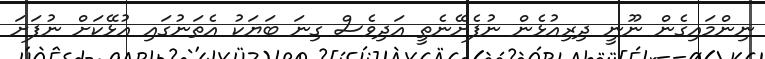
ނިންމައިގެން ނޫނީ ދިރިއުޅެން ނުފެށޭނެތީ އަދިވެސް ގިނަ ބަޔަކު އެތަނުގައި އުޅޭކަށް ނުފަށަ